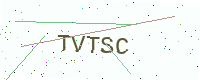
Text: TVTSC